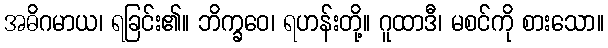
အဓိဂမာယ၊ ရခြင်း၏။ ဘိက္ခဝေ၊ ရဟန်းတို့။ ဂူထာဒီ၊ မစင်ကို စားသော။